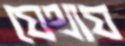
যেথায